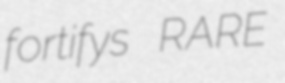
fortifys RARE